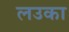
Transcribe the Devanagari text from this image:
लउका